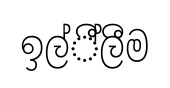
ඉල්ී්ලීම